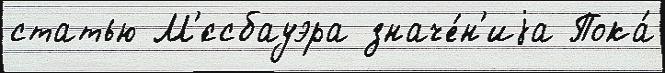
статью М'́ссбауэра значе́н'иjа Пока́